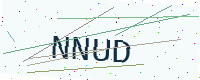
Text: NNUD